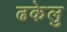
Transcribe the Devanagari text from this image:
ढकेलु